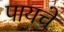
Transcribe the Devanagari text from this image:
पायचे